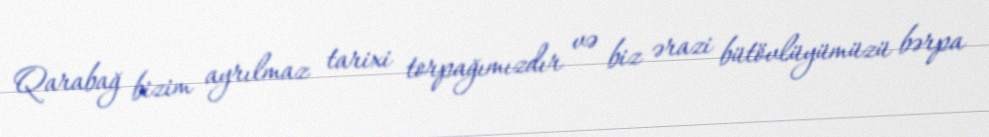
Qarabağ bizim ayrılmaz tarixi torpağımızdır və biz ərazi bütövlüyümüzü bərpa